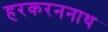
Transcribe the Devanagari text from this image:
हरकरननाथ